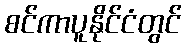
စင်ကာပူနိုင်ငံတွင်